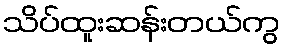
သိပ်ထူးဆန်းတယ်ကွ